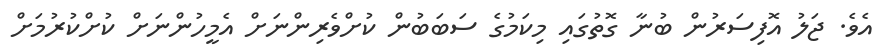
އެވެ. ޖަލު އޮފިސަރުން ބުނާ ގޮތުގައި މިކަމުގެ ސަބަބުން ކުށްވެރިންނަށް އެމީހުންނަށް ކުށްކުރުމަށް